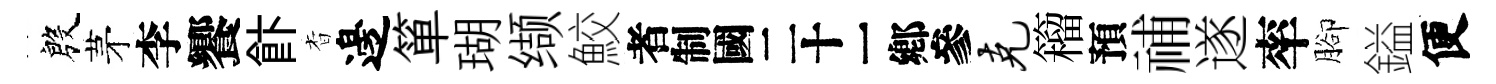
殷茅李饗飰杳邊箪瑚缬鮫识克籕預𥙷遂率腳鎰便